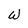
Character: W